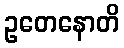
ဥတေနောတိ